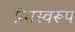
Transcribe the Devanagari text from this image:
प्रेमस्वरूप